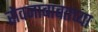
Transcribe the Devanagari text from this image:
सेवनाबाबतच्या